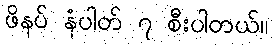
ဖိနပ် နံပါတ် ၇ စီးပါတယ်။